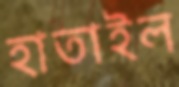
হাতাইল